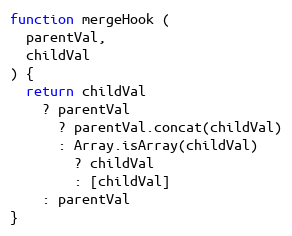
Language: JavaScript
function mergeHook (
  parentVal,
  childVal
) {
  return childVal
    ? parentVal
      ? parentVal.concat(childVal)
      : Array.isArray(childVal)
        ? childVal
        : [childVal]
    : parentVal
}